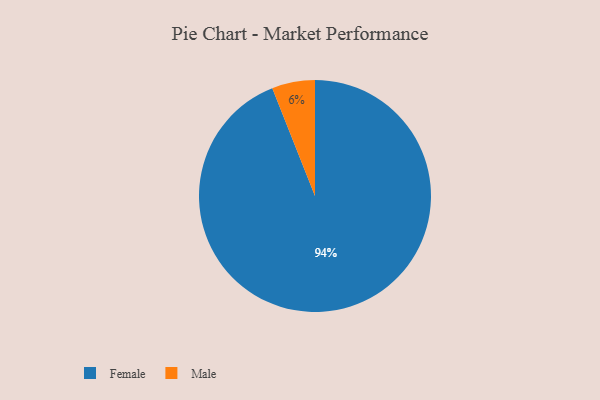
{"axis": {"x": "Category", "y": "Percentage"}, "legend": ["Female", "Male"], "data": [{"x": "Male", "y": 6, "type": "Male"}, {"x": "Female", "y": 94, "type": "Female"}]}